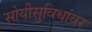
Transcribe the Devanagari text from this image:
सोयीसुविधांवर